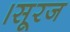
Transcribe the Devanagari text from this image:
।सूरज